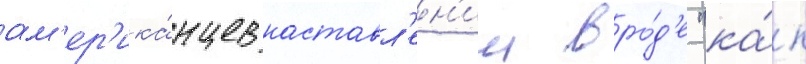
ам'ер'ика́нцев наставл'ен'ии вро́д'е "ка́к